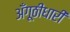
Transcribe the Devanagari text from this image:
अँगूठीधारी